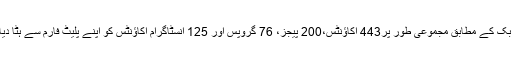
فیس بک کے مطابق مجموعی طور پر443 اکاؤنٹس،200 پیجز، 76 گروپس اور 125 انسٹاگرام اکاؤنٹس کو اپنے پلیٹ فارم سے ہٹا دیا ہے۔